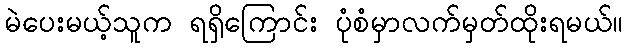
မဲပေးမယ့်သူက ရရှိကြောင်း ပုံစံမှာလက်မှတ်ထိုးရမယ်။